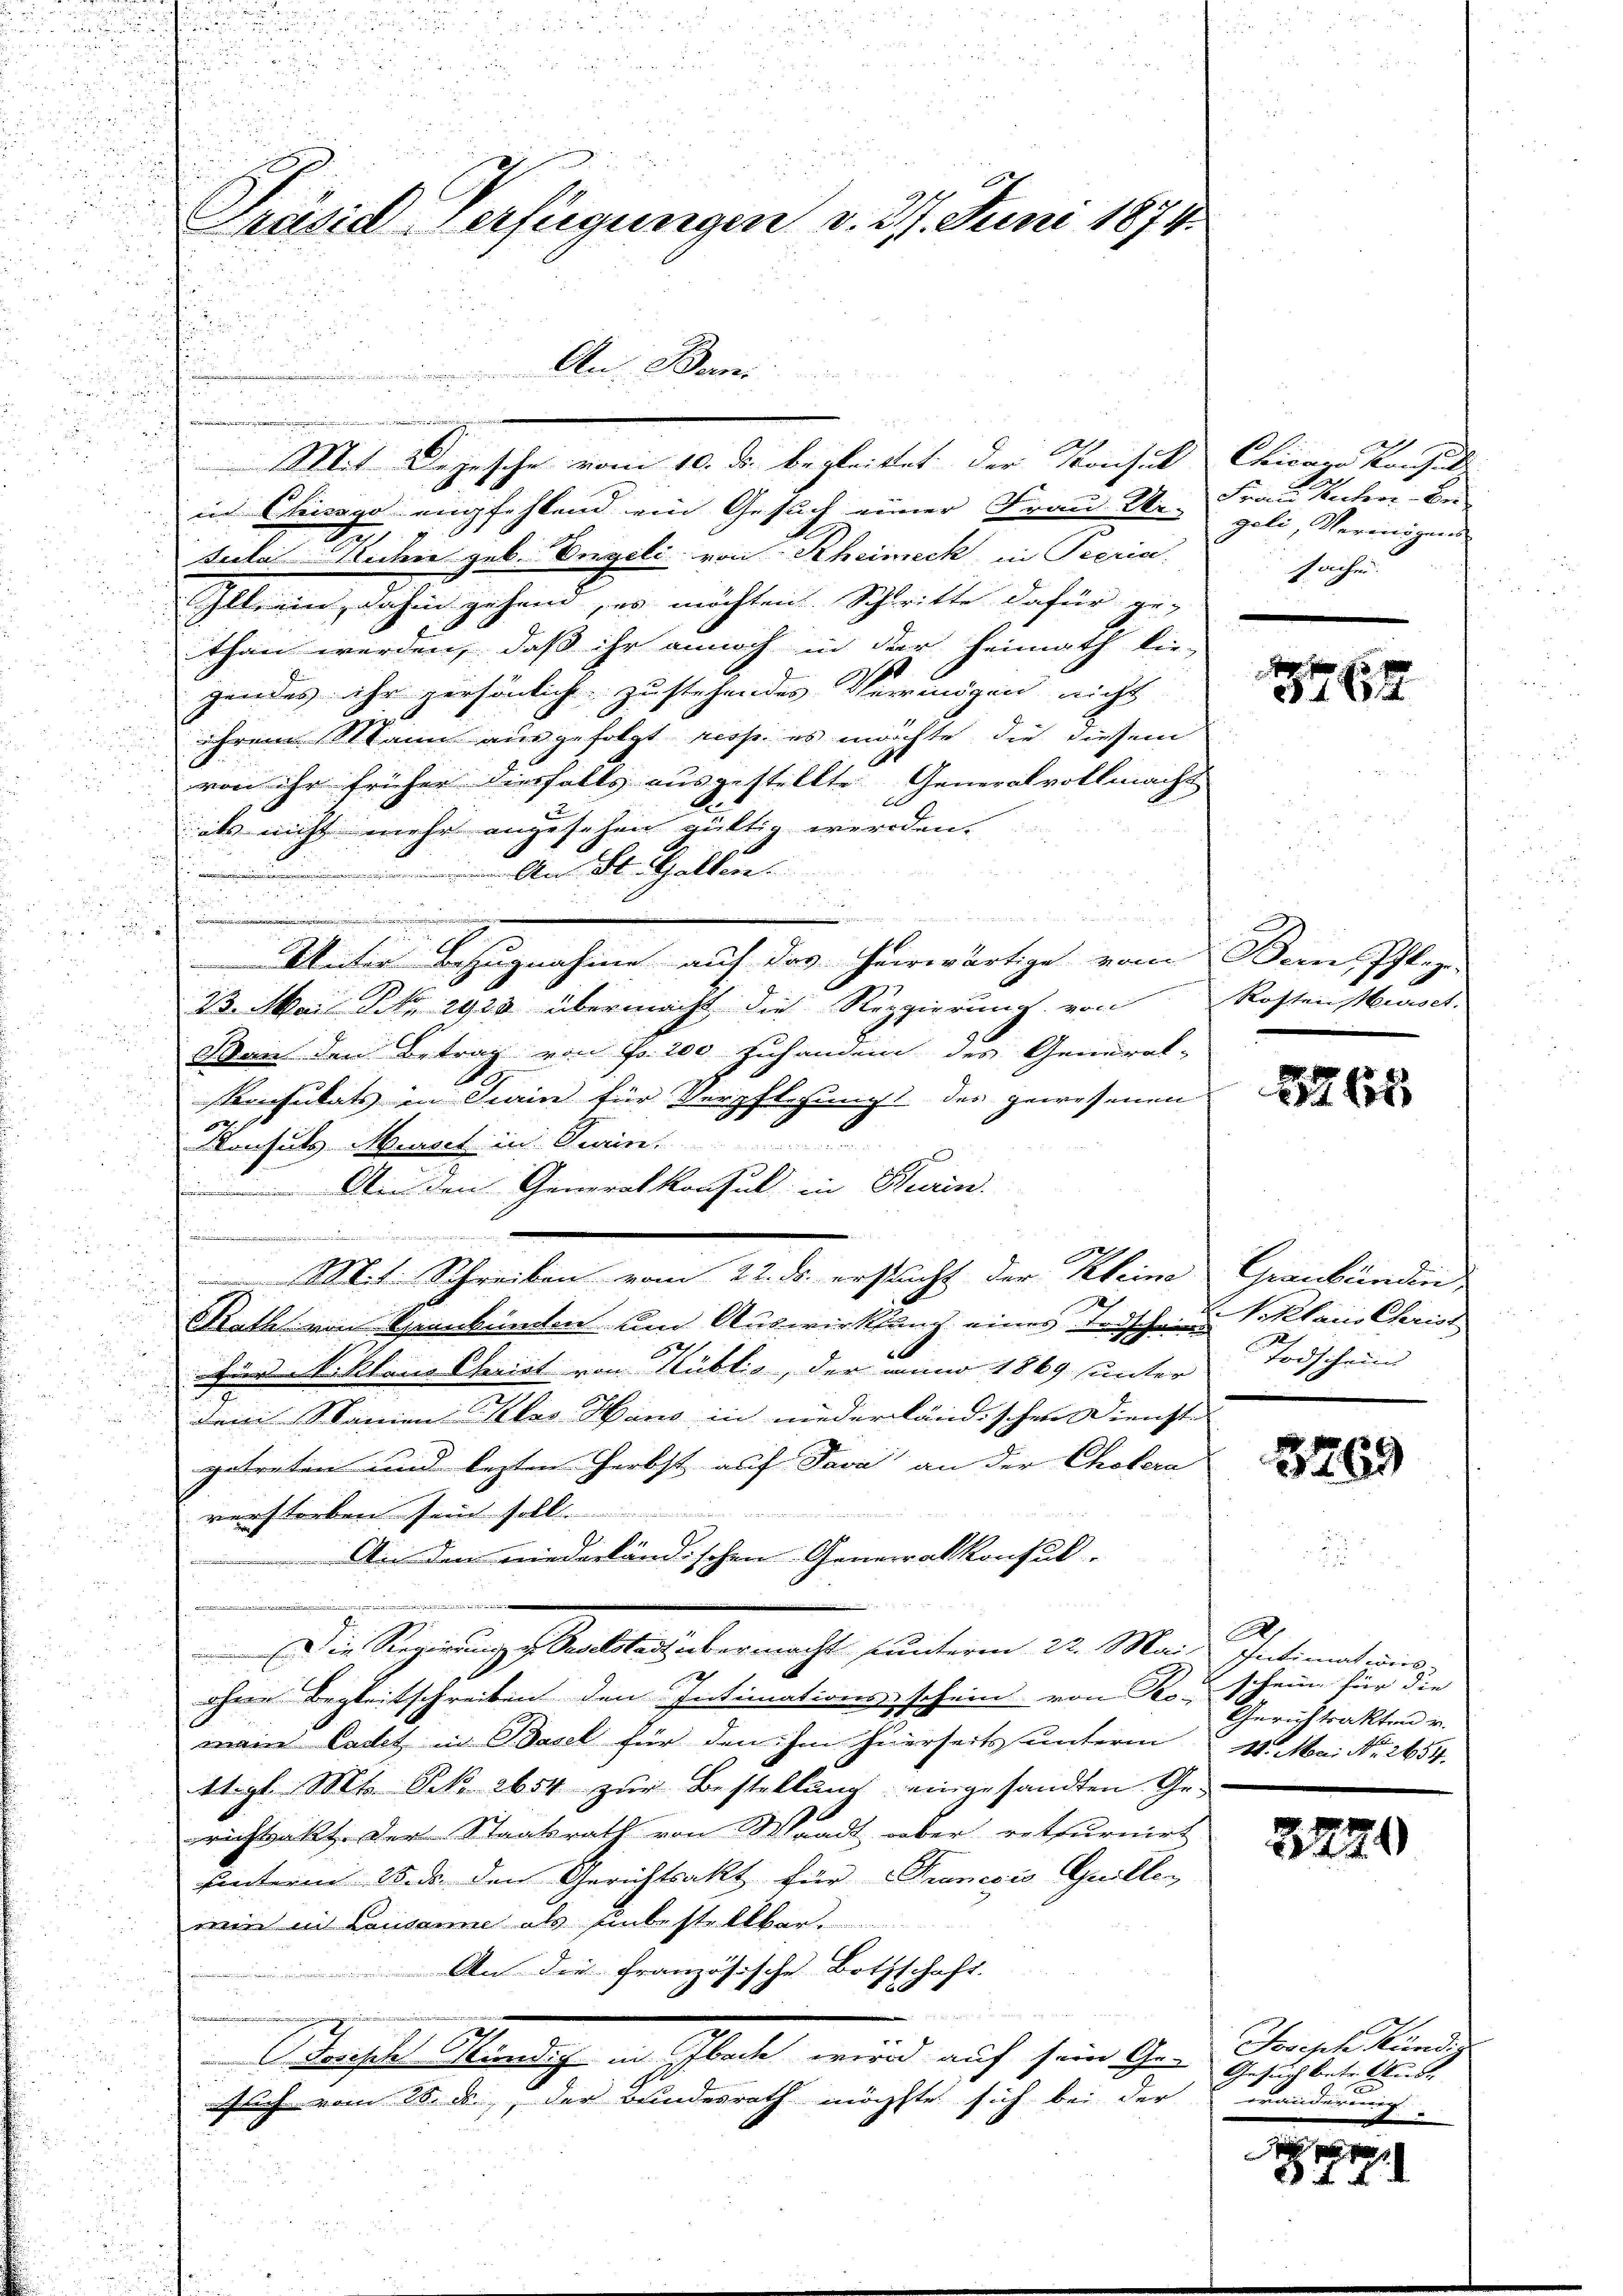
2

e
17
Mit Depesche vom 10. ds. begleitet der Konsul Chicare Konsicht
in Chisogo empfehlend ein Gesuch einer Frau Ur-
g
tulat Micher geb. Vergili von Rheineck in Peerin.
Illerin, dahin gehand, es möchten. Schritte dafür ge-
than werden, daß ihr annoch in der Heimath die-
gendes ihr persönlich zustehendes Verringen nicht
ihrem Mann ausgefolgt resp. es möchte, die diesem
von ihr früher diesfalls ausgestellte Generalvollmacht
als nicht mehr angesehen gültig werden. |
 An St. Gallen.
e
e

i

Weiter Bezugnahme auf das herwärtige vom Bern, Pflege
23. Mai No 2920 übermacht die Regierung von Rosten Mursch
u
Wan den Betrag von Fr. 200 zuhanden des General-
Konsulats in Sein für Verpflegung des gewesenen
Konsuls Mensch in Turin
An den Generalkonsul in Stein.
Mit Schreiben vom 22. ds. ersucht der Kleine Graubünden
u
e
Rath von Trankunden und Auswirkung eines Todschen Vikaris Chris

x
Ein Niklaus Christ von Nüblis, der mano 1869 sunter
x
dem Namen Atlas Hand in niederländischen Dienste
getreten und lezten Herbst auf Java an der Cholera
wefterken feinfall
Ain den niederländischen Generalkonsul-
2
Die Regierungen Baselstadt übermacht unterm 22. Mai Intimat wis
1
ohne Begleitschreiben den Intimationsschein von Ko-Gerichtsakten v.
main Cacht in Basel für den ihm hierseits unterm 11. Mai Nr. 2654.
Stral Mt. Bek. abst zur Bestellung eingesandten Gerichtsakt. Der Staatsrath von Waadt aber retfurnirt
hinterm 25. ds. den Gerichtsakt für Francois Guillen
mir in Lausanne als Einbestellbar.
An die französische Bothschaft.
x
Posten Zürich in Schlache, wird auch sein Gen. Jenes und
such vom 28. ds., der Bundesrath möchte sich bei der wanderung.

18

n

Präsid Verfügungen d. 21. Juni 1871

An Berni

Frau Meter Ber
geli, Vermögens
Sache

3462

8265

Todschein

3269

u
A
chein für die

3220

Gesuch betr. Wurde

4 x